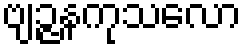
ဗျဉ္ဇနကုသလော